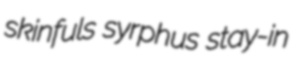
skinfuls syrphus stay-in